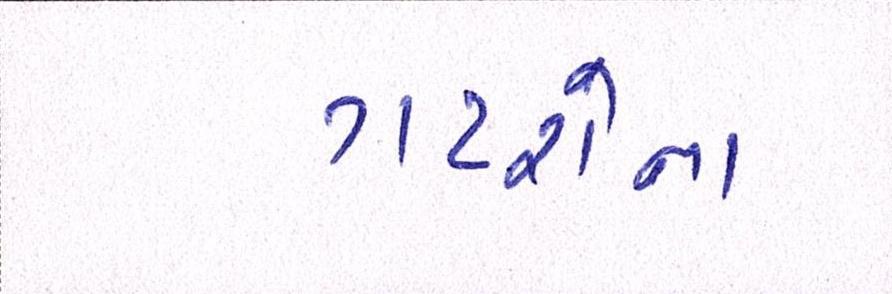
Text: ગટરોના